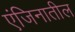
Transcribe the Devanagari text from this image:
एंजिनातील